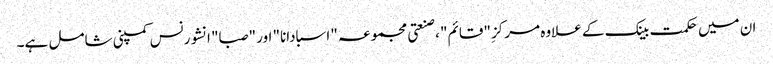
ان میں حکمت بینک کے علاوہ مرکزِ "قائم" ، صنعتی مجموعہ "اسبادانا" اور "صبا" انشورنس کمپنی شامل ہے۔